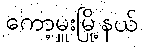
ကော့မှူးမြို့နယ်